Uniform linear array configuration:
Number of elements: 4
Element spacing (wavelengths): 0.5
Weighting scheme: kaiser
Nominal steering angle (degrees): -60
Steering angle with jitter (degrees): -61.52
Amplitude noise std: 0.05
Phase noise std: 0.05

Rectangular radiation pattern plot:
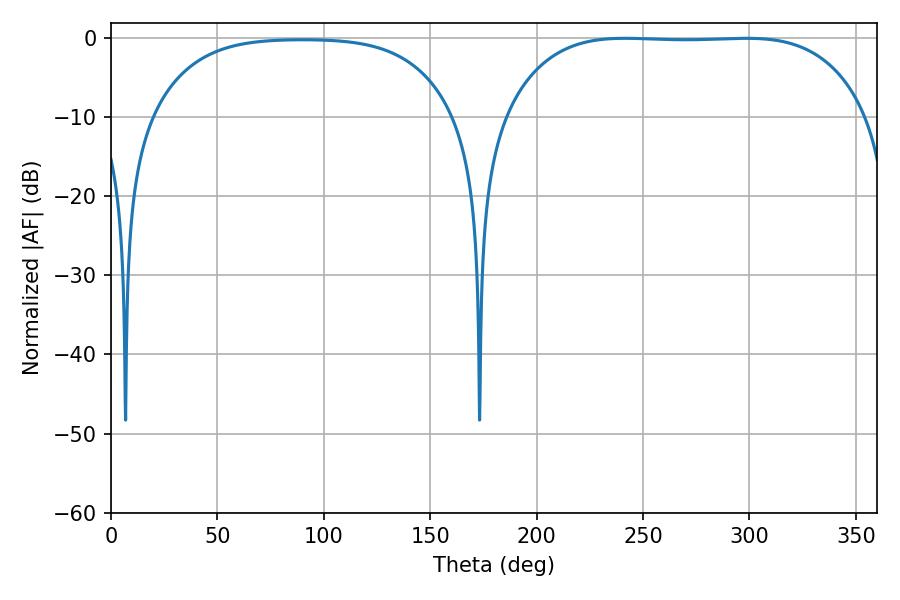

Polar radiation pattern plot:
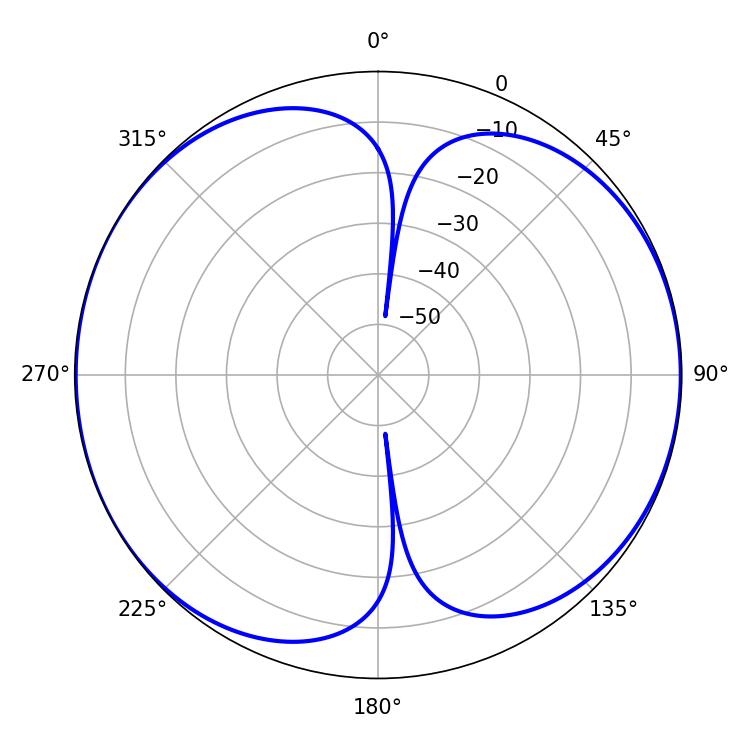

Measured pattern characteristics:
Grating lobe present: FALSE
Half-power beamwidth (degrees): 132.12
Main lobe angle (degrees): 241.56